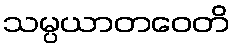
သမ္ပယာတဝေတိ